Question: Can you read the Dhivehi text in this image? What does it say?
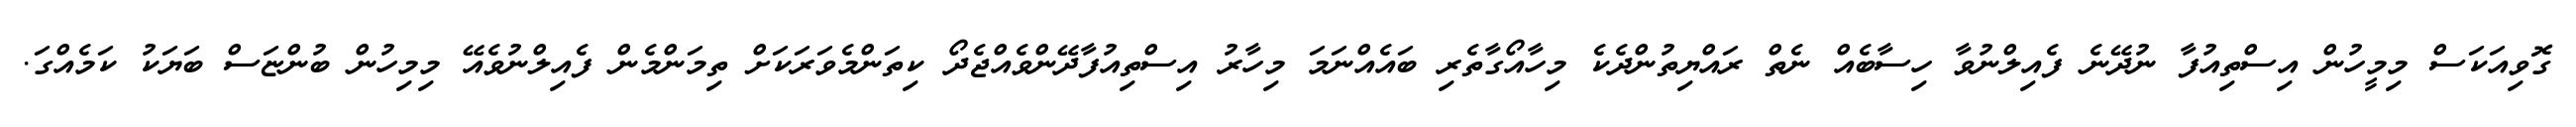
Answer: ގޮވިއަކަސް މިމީހުން އިސްތިއުފާ ނުދޭނެ ފެއިލްނުވާ ހިސާބެއް ނެތް ރައްޔިތުންދެކެ މިހާއޯގާތެރި ބައެއްނަމަ މިހާރު އިސްތިއުފާދޭންވެއްޖެދޯ ކިތަންމެވަރަކަށް ތިމަންމެން ފެއިލްނުވެއޭ މިމިހުން ބުންޏަސް ބަޔަކު ކަމެއްގަ.